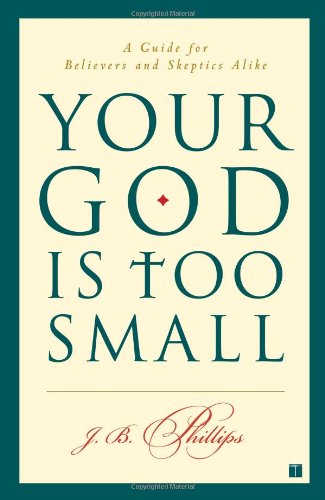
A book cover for Your God Is Too Small: A Guide for Believers and Skeptics Alike; J.B. Phillips; Christian Books & Bibles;